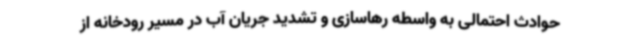
حوادث احتمالی به واسطه رهاسازی و تشدید جریان آب در مسیر رودخانه از